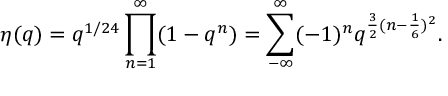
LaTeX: \eta ( q ) = q ^ { 1 / 2 4 } \prod _ { n = 1 } ^ { \infty } ( 1 - q ^ { n } ) = \sum _ { - \infty } ^ { \infty } ( - 1 ) ^ { n } q ^ { \frac { 3 } { 2 } ( n - \frac { 1 } { 6 } ) ^ { 2 } } .